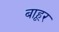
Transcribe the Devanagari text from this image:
बाहूर